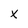
Character: x